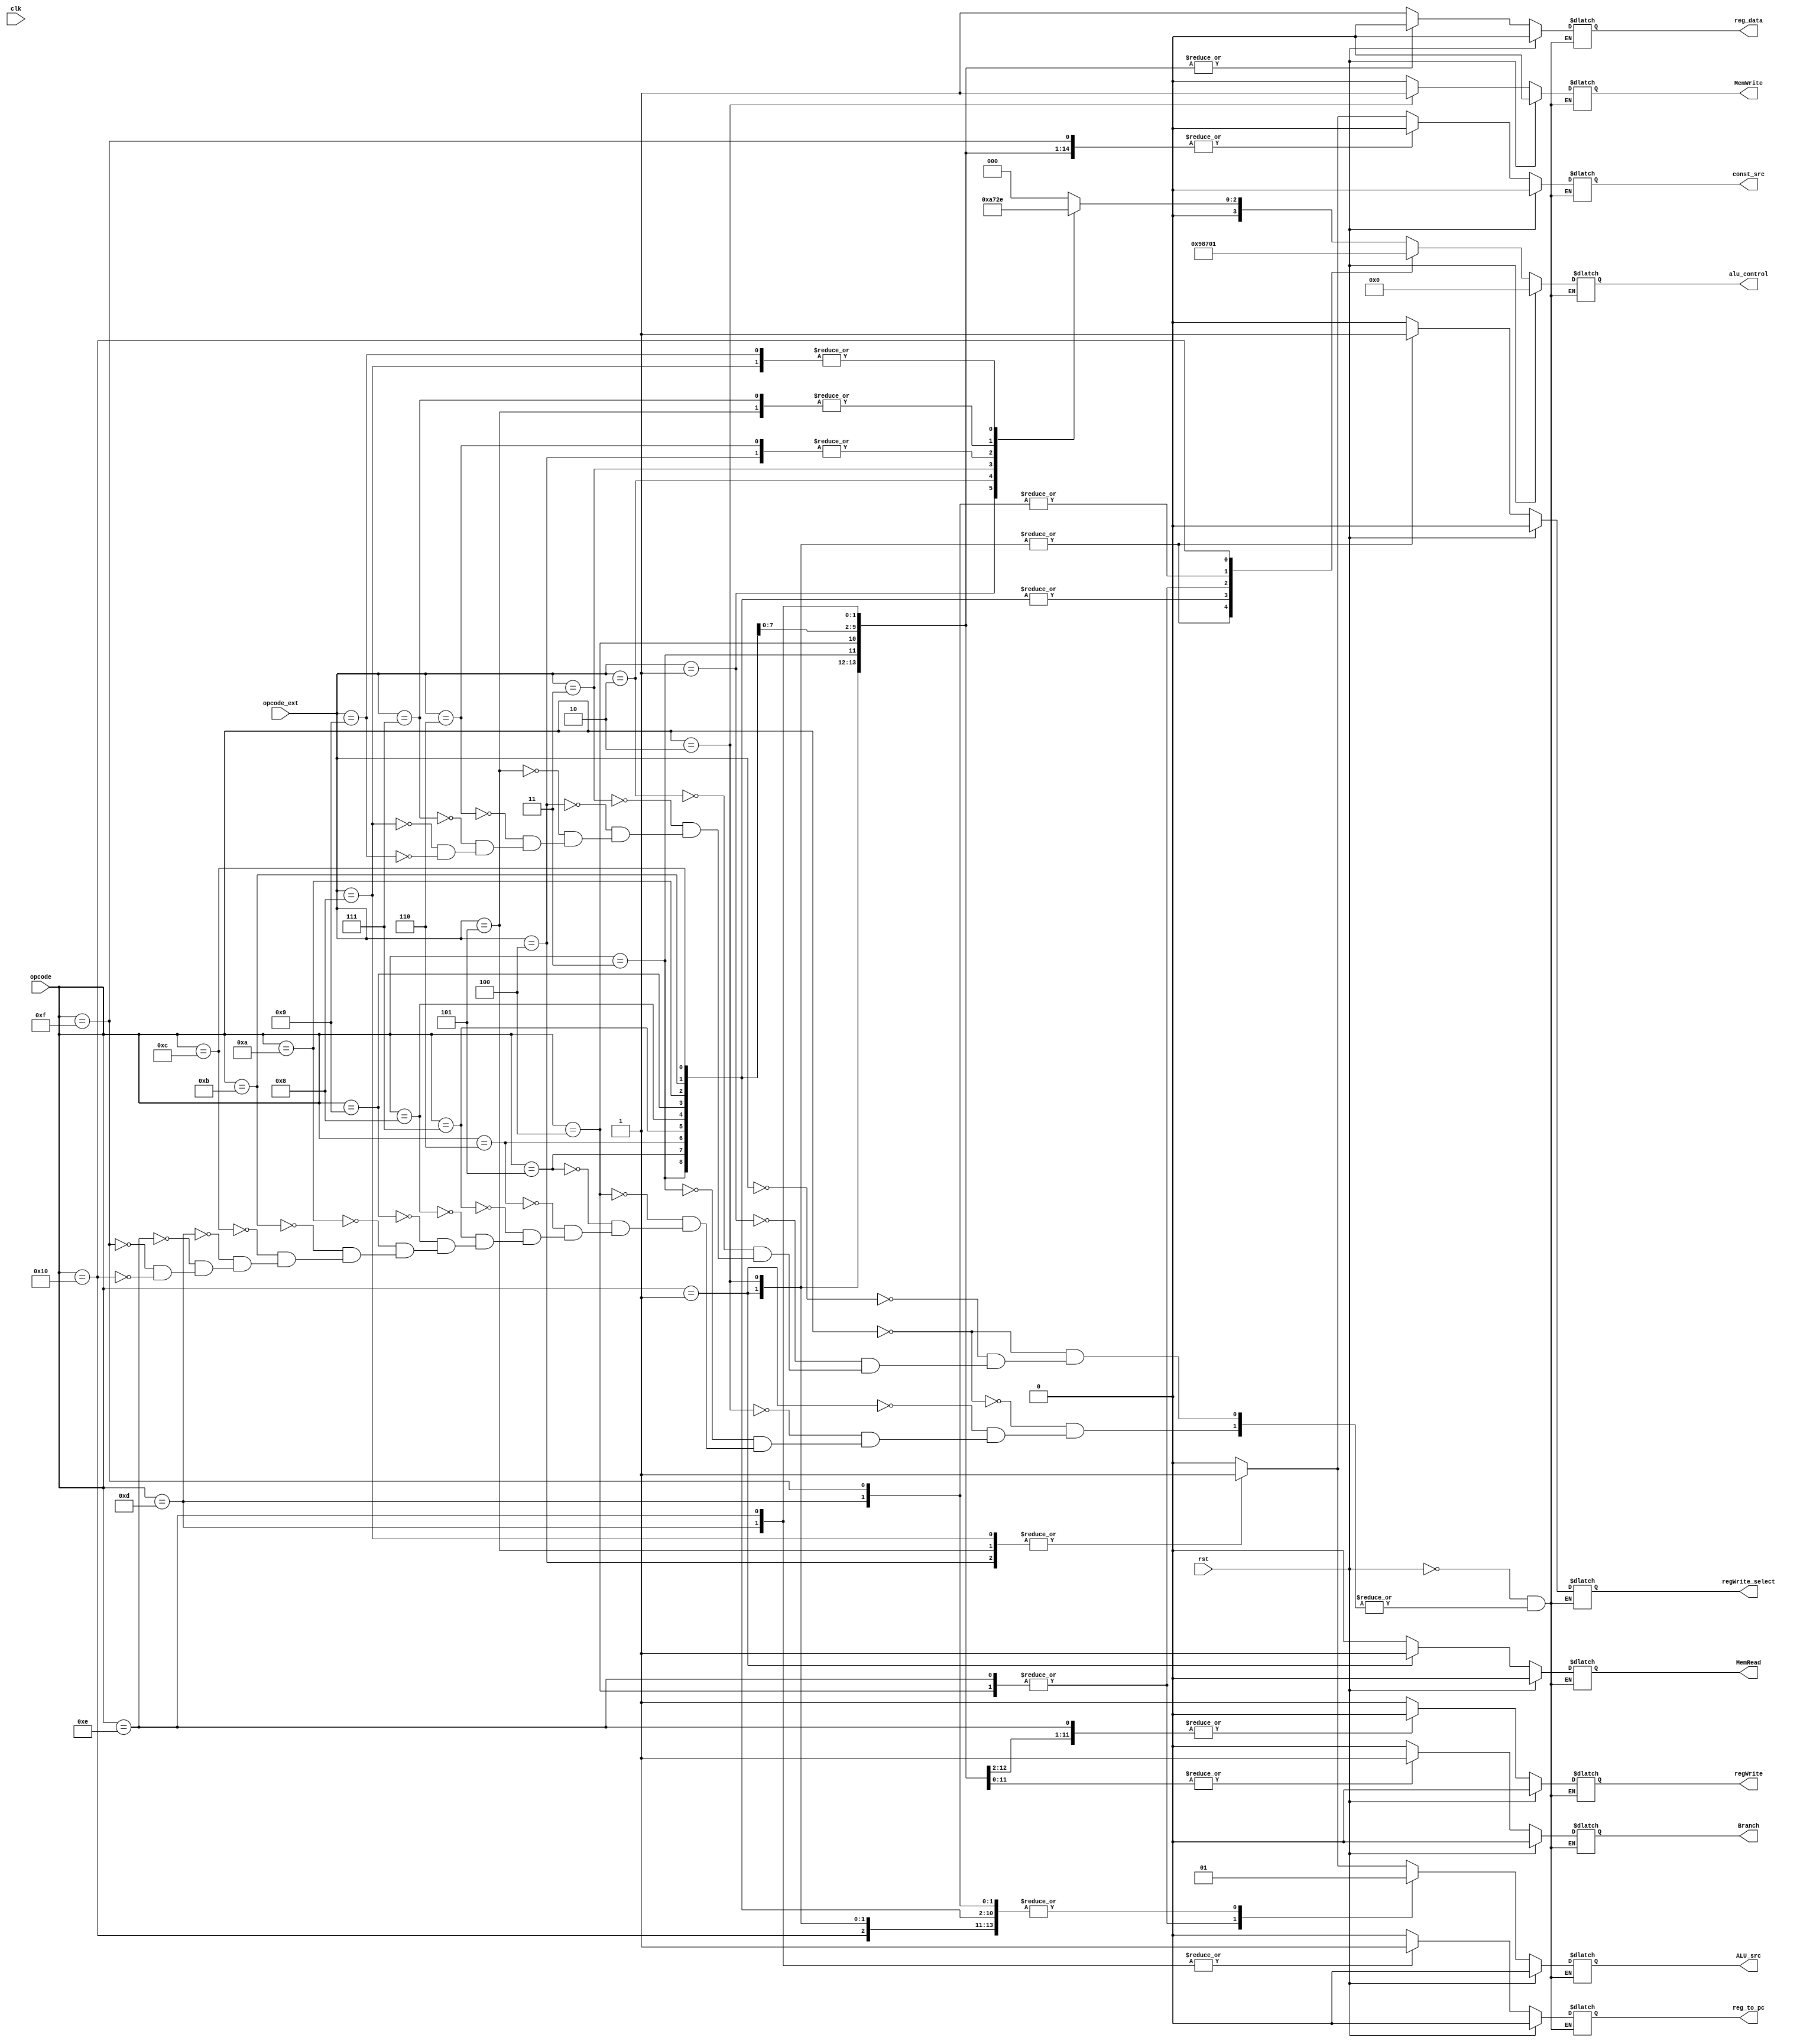
`timescale 1ns / 1ps
`default_nettype none
//////////////////////////////////////////////////////////////////////////////////
/*
Assignment No - 7
Semester - Autumn 2018
Group - 3
Members:
  G Rahul KrantiKiran - 16CS10018
  Sai Saketh Aluru - 16CS30030
*/
//////////////////////////////////////////////////////////////////////////////////

// the control unit module
//This takes as input the opcode and opcode ext and instructs all other modules

module ControlUnit(input wire[5:0] opcode, input wire [10:0] opcode_ext,
		input wire clk, input wire rst,
		output reg [3:0] alu_control,
		output reg Branch,regWrite,MemWrite,MemRead,ALU_src,reg_data,const_src,reg_to_pc, regWrite_select
	);

	always@(opcode or opcode_ext or rst)
	begin
		if(rst) // setting all flags to zero
		begin
			alu_control <= 0;
			Branch <= 0;
			regWrite <= 0;
			MemWrite <= 0;
			MemRead <= 0;
			ALU_src <= 0;
			const_src <= 0;
			reg_data <= 0;
			reg_to_pc <= 0;
			regWrite_select <= 0;
		end
		else
		begin
			case(opcode)
				6'd0: 									// R-type instruction
					begin
						case(opcode_ext)
							11'd0:						// Add
								begin
									alu_control <= 0;
									Branch <= 0;
									regWrite <= 1;
									MemWrite <= 0;
									MemRead <= 0;
									const_src <= 0;
									ALU_src <= 0;
									reg_data <= 1;
									reg_to_pc <= 0;
									regWrite_select <= 0;
								end
							11'd1: 						// Complement
								begin
									alu_control <= 1;
									Branch <= 0;
									regWrite <= 1;
									MemWrite <= 0;
									const_src <= 0;
									MemRead <= 0;
									ALU_src <= 0;
									reg_data <= 1;
									reg_to_pc <= 0;
									regWrite_select <= 0;
								end
							11'd2: 						// And
								begin
									alu_control <= 2;
									Branch <= 0;
									regWrite_select <= 0;
									regWrite <= 1;
									const_src <= 0;
									MemWrite <= 0;
									MemRead <= 0;
									ALU_src <= 0;
									reg_data <= 1;
									reg_to_pc <= 0;
								end
							11'd3: 						// Xor
								begin
									alu_control <= 3;
									Branch <= 0;
									const_src <= 0;
									regWrite <= 1;
									MemWrite <= 0;
									MemRead <= 0;
									regWrite_select <= 0;
									ALU_src <= 0;
									reg_data <= 1;
									reg_to_pc <= 0;
								end
							11'd4: 						// Shift Left logical
								begin
									alu_control <= 4;
									Branch <= 0;
									regWrite <= 1;
									MemWrite <= 0;
									MemRead <= 0;
									regWrite_select <= 0;
									const_src <= 1;
									ALU_src <= 1;
									reg_data <= 1;
									reg_to_pc <= 0;
								end
							11'd5: 						// Shift Right Logical
								begin
									alu_control <= 5;
									Branch <= 0;
									regWrite <= 1;
									MemWrite <= 0;
									MemRead <= 0;
									const_src <= 1;
									ALU_src <= 1;
									regWrite_select <= 0;
									reg_data <= 1;
									reg_to_pc <= 0;
								end
							11'd6:  						// Shift Left Variable
								begin
									alu_control <= 4;
									Branch <= 0;
									regWrite <= 1;
									const_src <= 0;
									regWrite_select <= 0;
									MemWrite <= 0;
									MemRead <= 0;
									ALU_src <= 0;
									reg_data <= 1;
									reg_to_pc <= 0;
								end
							11'd7:  						// Shift Right Variable
								begin
									alu_control <= 5;
									Branch <= 0;
									regWrite <= 1;
									MemWrite <= 0;
									const_src <= 0;
									MemRead <= 0;
									ALU_src <= 0;
									reg_data <= 1;
									regWrite_select <= 0;
									reg_to_pc <= 0;
								end
							11'd8:  						// Shift Right Arithmetic
								begin
									alu_control <= 6;
									Branch <= 0;
									regWrite <= 1;
									MemWrite <= 0;
									const_src <= 1;
									MemRead <= 0;
									ALU_src <= 1;
									regWrite_select <= 0;
									reg_data <= 1;
									reg_to_pc <= 0;
								end
							11'd9: 						// Shift Right Arithmetic Variable
								begin
									alu_control <= 6;
									Branch <= 0;
									regWrite <= 1;
									regWrite_select <= 0;
									const_src <= 0;
									MemWrite <= 0;
									MemRead <= 0;
									ALU_src <= 0;
									reg_data <= 1;
									reg_to_pc <= 0;
								end
							default: 
								begin
								end
						endcase
					end
				6'd1: 						        // Load Word
					begin
						alu_control <= 9;
						Branch <= 0;
						regWrite <= 1;
						MemWrite <= 0;
						const_src <= 0;
						regWrite_select <= 1;
						MemRead <= 1;
						ALU_src <= 1;
						reg_data <= 0;
						reg_to_pc <= 0;
					end
				6'd2: 						        // Store Word
					begin
						alu_control <= 9;
						Branch <= 0;
						regWrite <= 0;
						const_src <= 0;
						MemWrite <= 1;
						MemRead <= 0;
						regWrite_select <= 1;
						ALU_src <= 1;
						reg_data <= 0;
						reg_to_pc <= 0;
					end
				6'd3: 						        // Unconditional branch
					begin
						alu_control <= 8;
						Branch <= 1;
						regWrite <= 0;
						regWrite_select <= 0;
						const_src <= 0;
						MemWrite <= 0;
						MemRead <= 0;
						ALU_src <= 1;
						reg_to_pc <= 0;
						reg_data <= 0;
					end
				6'd4: 						        // Branch to register
					begin
						alu_control <= 7;
						Branch <= 1;
						regWrite <= 0;
						const_src <= 0;
						regWrite_select <= 0;
						MemWrite <= 0;
						MemRead <= 0;
						ALU_src <= 0;
						reg_to_pc <= 0;
						reg_data <= 0;
					end
				6'd5: 						        // Branch on zero
					begin
						alu_control <= 8;
						Branch <= 1;
						regWrite <= 0;
						const_src <= 0;
						regWrite_select <= 0;
						MemWrite <= 0;
						MemRead <= 0;
						ALU_src <= 1;
						reg_to_pc <= 0;
						reg_data <= 0;
					end
				6'd6: 						        // Branch on not zero
					begin
						alu_control <= 8;
						Branch <= 1;
						regWrite <= 0;
						const_src <= 0;
						regWrite_select <= 0;
						MemWrite <= 0;
						MemRead <= 0;
						ALU_src <= 1;
						reg_to_pc <= 0;
						reg_data <= 0;
					end
				6'd7: 						        // Branch on carry
					begin
						alu_control <= 8;
						Branch <= 1;
						regWrite <= 0;
						regWrite_select <= 0;
						const_src <= 0;
						MemWrite <= 0;
						MemRead <= 0;
						ALU_src <= 1;
						reg_data <= 0;
						reg_to_pc <= 0;
					end
				6'd8: 						        // Branch on not carry
					begin
						alu_control <= 8;
						Branch <= 1;
						regWrite <= 0;
						regWrite_select <= 0;
						const_src <= 0;
						MemWrite <= 0;
						MemRead <= 0;
						ALU_src <= 1;
						reg_to_pc <= 0;
						reg_data <= 0;
					end
				6'd9: 						        // Branch on sign 
					begin
						alu_control <= 8;
						Branch <= 1;
						regWrite <= 0;
						const_src <= 0;
						regWrite_select <= 0;
						MemWrite <= 0;
						MemRead <= 0;
						ALU_src <= 1;
						reg_to_pc <= 0;
						reg_data <= 0;
					end
				6'd10: 						        // Branch on not sign
					begin
						alu_control <= 8;
						regWrite_select <= 0;
						Branch <= 1;
						regWrite <= 0;
						const_src <= 0;
						MemWrite <= 0;
						MemRead <= 0;
						ALU_src <= 1;
						reg_to_pc <= 0;
						reg_data <= 0;
					end
				6'd11: 						        // Branch on overflow
					begin
						alu_control <= 8;
						Branch <= 1;
						regWrite <= 0;
						const_src <= 0;
						regWrite_select <= 0;
						MemWrite <= 0;
						MemRead <= 0;
						reg_to_pc <= 0;
						ALU_src <= 1;
						reg_data <= 0;
					end
				6'd12: 						        // Branch on not overflow
					begin
						alu_control <= 8;
						Branch <= 1;
						regWrite <= 0;
						const_src <= 0;
						reg_to_pc <= 0;
						regWrite_select <= 0;
						MemWrite <= 0;
						MemRead <= 0;
						ALU_src <= 1;
						reg_data <= 0;
					end
				6'd13:  						        // Function call
				  begin
					alu_control <= 0;
					const_src <= 0;
					Branch <= 1;
					regWrite <= 1;
					regWrite_select <= 0;
					MemWrite <= 0;
					MemRead <= 0;
					ALU_src <= 1;
					reg_to_pc <= 1;
					reg_data <= 0;
				end
				6'd14: 
				  begin 						        // Return 
					alu_control <= 7;
					Branch <= 1;
					regWrite <= 0;
					const_src <= 0;
					regWrite_select <= 0;
					MemWrite <= 0;
					MemRead <= 0;
					ALU_src <= 0;
					reg_to_pc <= 1;
					reg_data <= 0;
				end
				6'd15: begin  						  // Add immediate
					alu_control <= 0;
					Branch <= 0;
					regWrite <= 1;
					MemWrite <= 0;
					const_src <= 0;
					regWrite_select <= 0;
					MemRead <= 0;
					ALU_src <= 1;
					reg_data <= 1;
					reg_to_pc <= 0;
				end
				6'd16: begin   						// Complement Immediate
					alu_control <= 1;
					Branch <= 0;
					regWrite <= 1;
					MemRead <= 0;
					MemWrite <= 0;
					regWrite_select <= 0;
					const_src <= 0;
					ALU_src <= 1;
					reg_to_pc <= 0;
					reg_data <= 1;
				end
			endcase
		end
	end
endmodule